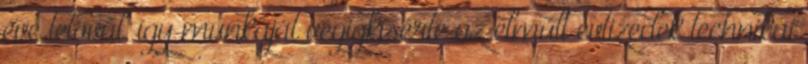
éve tetovál, így munkáját végigkísérte az elmúlt évtizedek technikai